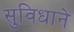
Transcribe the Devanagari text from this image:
सुविधाने